Leaving Certificate Examination, 1915
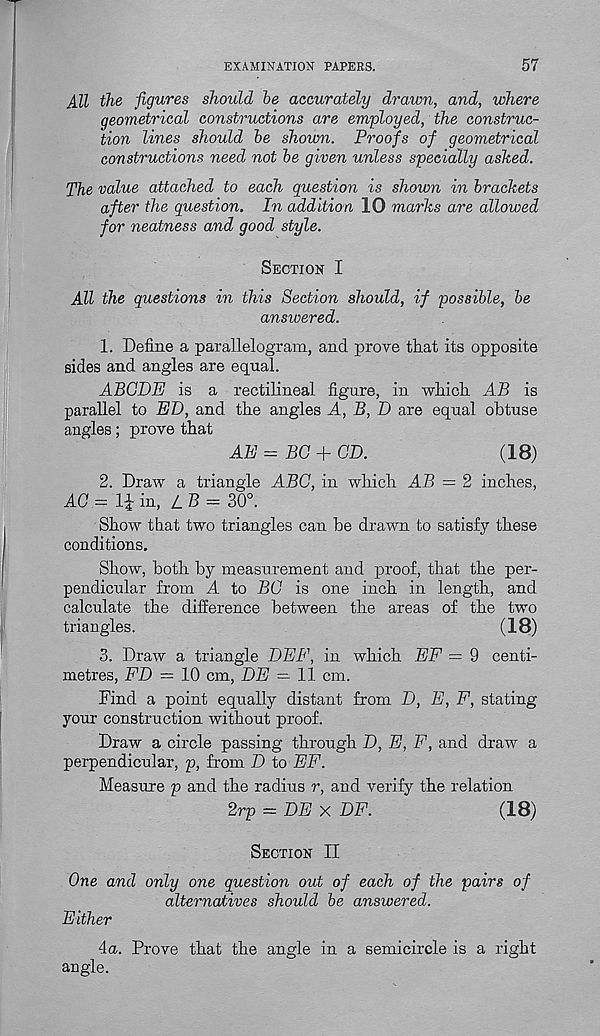
EXAMINATION PAPERS.
57
All the figures should he accurately drawn, and, where
geometrical constructions are employed, the construc-
tion lines should he shown. Proofs of geometrical
constructions need not he given unless specially ashed.
The value attached to each question is shown in brackets
after the question. In addition 10 marks are allowed
for neatness and good style.
Section I
All the questions in this Section should, if possible, he
answered.
1. Define a parallelogram, and prove that its opposite
sides and angles are equal.
ABODE is a rectilineal figure, in which AB is
parallel to ED, and the angles A, B, D are equal obtuse
angles; prove that
AE — BO + CD.
(18)
2. Draw a triangle ABC, in which AB = 2 inches,
AC - li in, /_B = 30°.
Show that two triangles can be drawn to satisfy these
conditions.
Show, both by measurement and proof, that the per-
pendicular from A to 13(J is one inch in length, and
calculate the difference between the areas of the two
triangles.
(18)
3. Draw a triangle DEE, in which EE = 9 centi-
metres, ED — 10 cm, DE = 11 cm.
Find a point equally distant from D, E, F, stating
your construction without proof.
Draw a circle passing through D, E, E, and draw a
perpendicular, p, from D to EE.
Measure p and the radius r, and verify the relation
2rp = DE x DF.
(18)
Section II
One and only one question out of each of the pairs of
alternatives should he answered.
Either
4a. Prove that the angle in a semicircle is a right
angle.